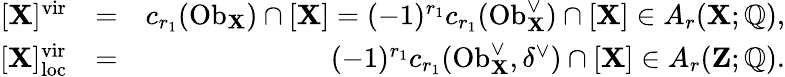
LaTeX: \begin{array}{rlr}{[\mathbf{X}]^{\mathrm{vir}}}&{=}&{c_{r_{1}}(\mathrm{Ob}_{\mathbf{X}})\cap[\mathbf{X}]=(-1)^{r_{1}}c_{r_{1}}(\mathrm{Ob}_{\mathbf{X}}^{\vee})\cap[\mathbf{X}]\in A_{r}(\mathbf{X};\mathbb{Q}),}\\ {{[\mathbf{X}]_{\mathrm{loc}}^{\mathrm{vir}}}}&{=}&{(-1)^{r_{1}}c_{r_{1}}(\mathrm{Ob}_{\mathbf{X}}^{\vee},\delta^{\vee})\cap[\mathbf{X}]\in A_{r}(\mathbf{Z};\mathbb{Q}).}\end{array}